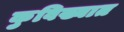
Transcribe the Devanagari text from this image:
कुविख्यात